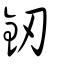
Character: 釰